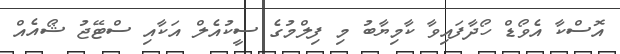
އޮސްކާ އެވޯޑް ހޯދާފައިވާ ކާމިޔާބު މި ފިލްމުގެ ސީކުއެލް އަކާއި ސްޓޭޖު ޝޯއެއް